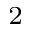
_ \mathrm { 2 }